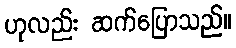
ဟုလည်း ဆက်ပြောသည်။